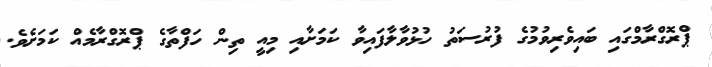
ޕްރޮގްރާމްގައި ބައިވެރިވުމުގެ ފުރުސަތު ހުޅުވާލާފައިވާ ކަމަށާއި މިއީ ތިން ހަފްތާގެ ޕްރޮގްރާމެއް ކަމަށެވެ.